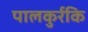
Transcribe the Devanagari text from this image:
पालकुर्रकि